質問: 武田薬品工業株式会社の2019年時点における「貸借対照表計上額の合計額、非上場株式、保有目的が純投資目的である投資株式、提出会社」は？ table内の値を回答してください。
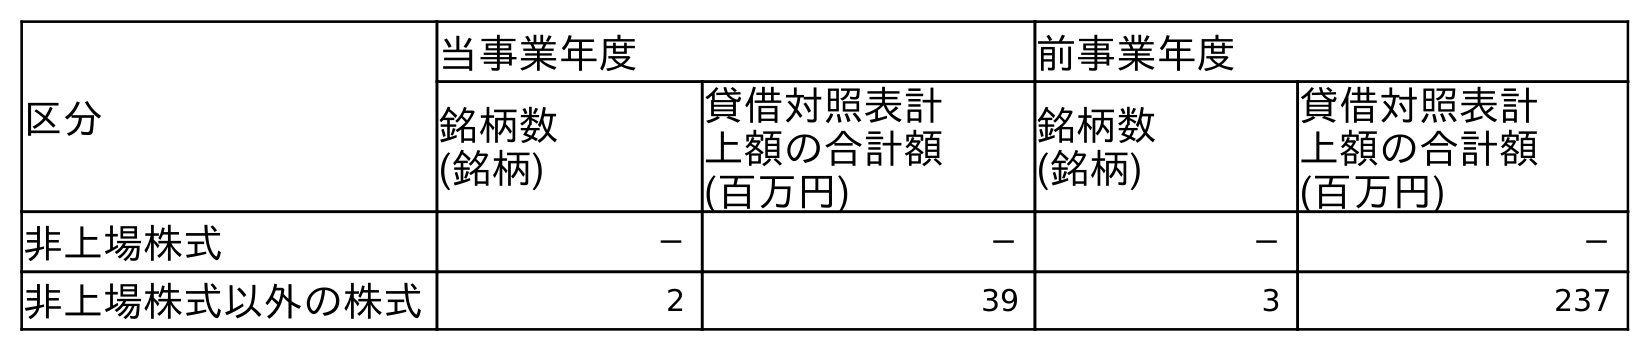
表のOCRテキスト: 区分 当事業年度 前事業年度 銘柄数 (銘柄) 貸借対照表計 上額の合計額 (百万円) 銘柄数 (銘柄) 貸借対照表計 上額の合計額 (百万円) 非上場株式 － － － － 非上場株式以外の株式 2 39 3 237
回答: －